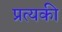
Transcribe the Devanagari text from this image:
प्रत्यकी